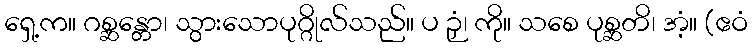
ရှေ့က။ ဂစ္ဆန္တော၊ သွားသောပုဂ္ဂိုလ်သည်။ ပ ဉှံ၊ ကို။ သစေ ပုစ္ဆတိ၊ အံ့။ (ဧဝံ